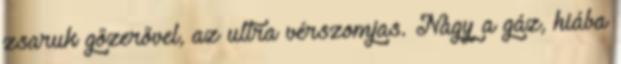
zsaruk gőzerővel, az ultra vérszomjas. Nagy a gáz, hiába